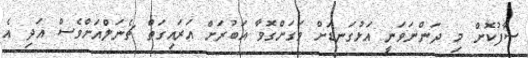
ސާފުކޮށް މި ދަންނަވަނީ އަަޅުގަނޑަށް ވަގަށްގޮވާ އަބުރަށް އަރައިގަތް ޗެނަލްއަަށްވެސް އަދި އެ